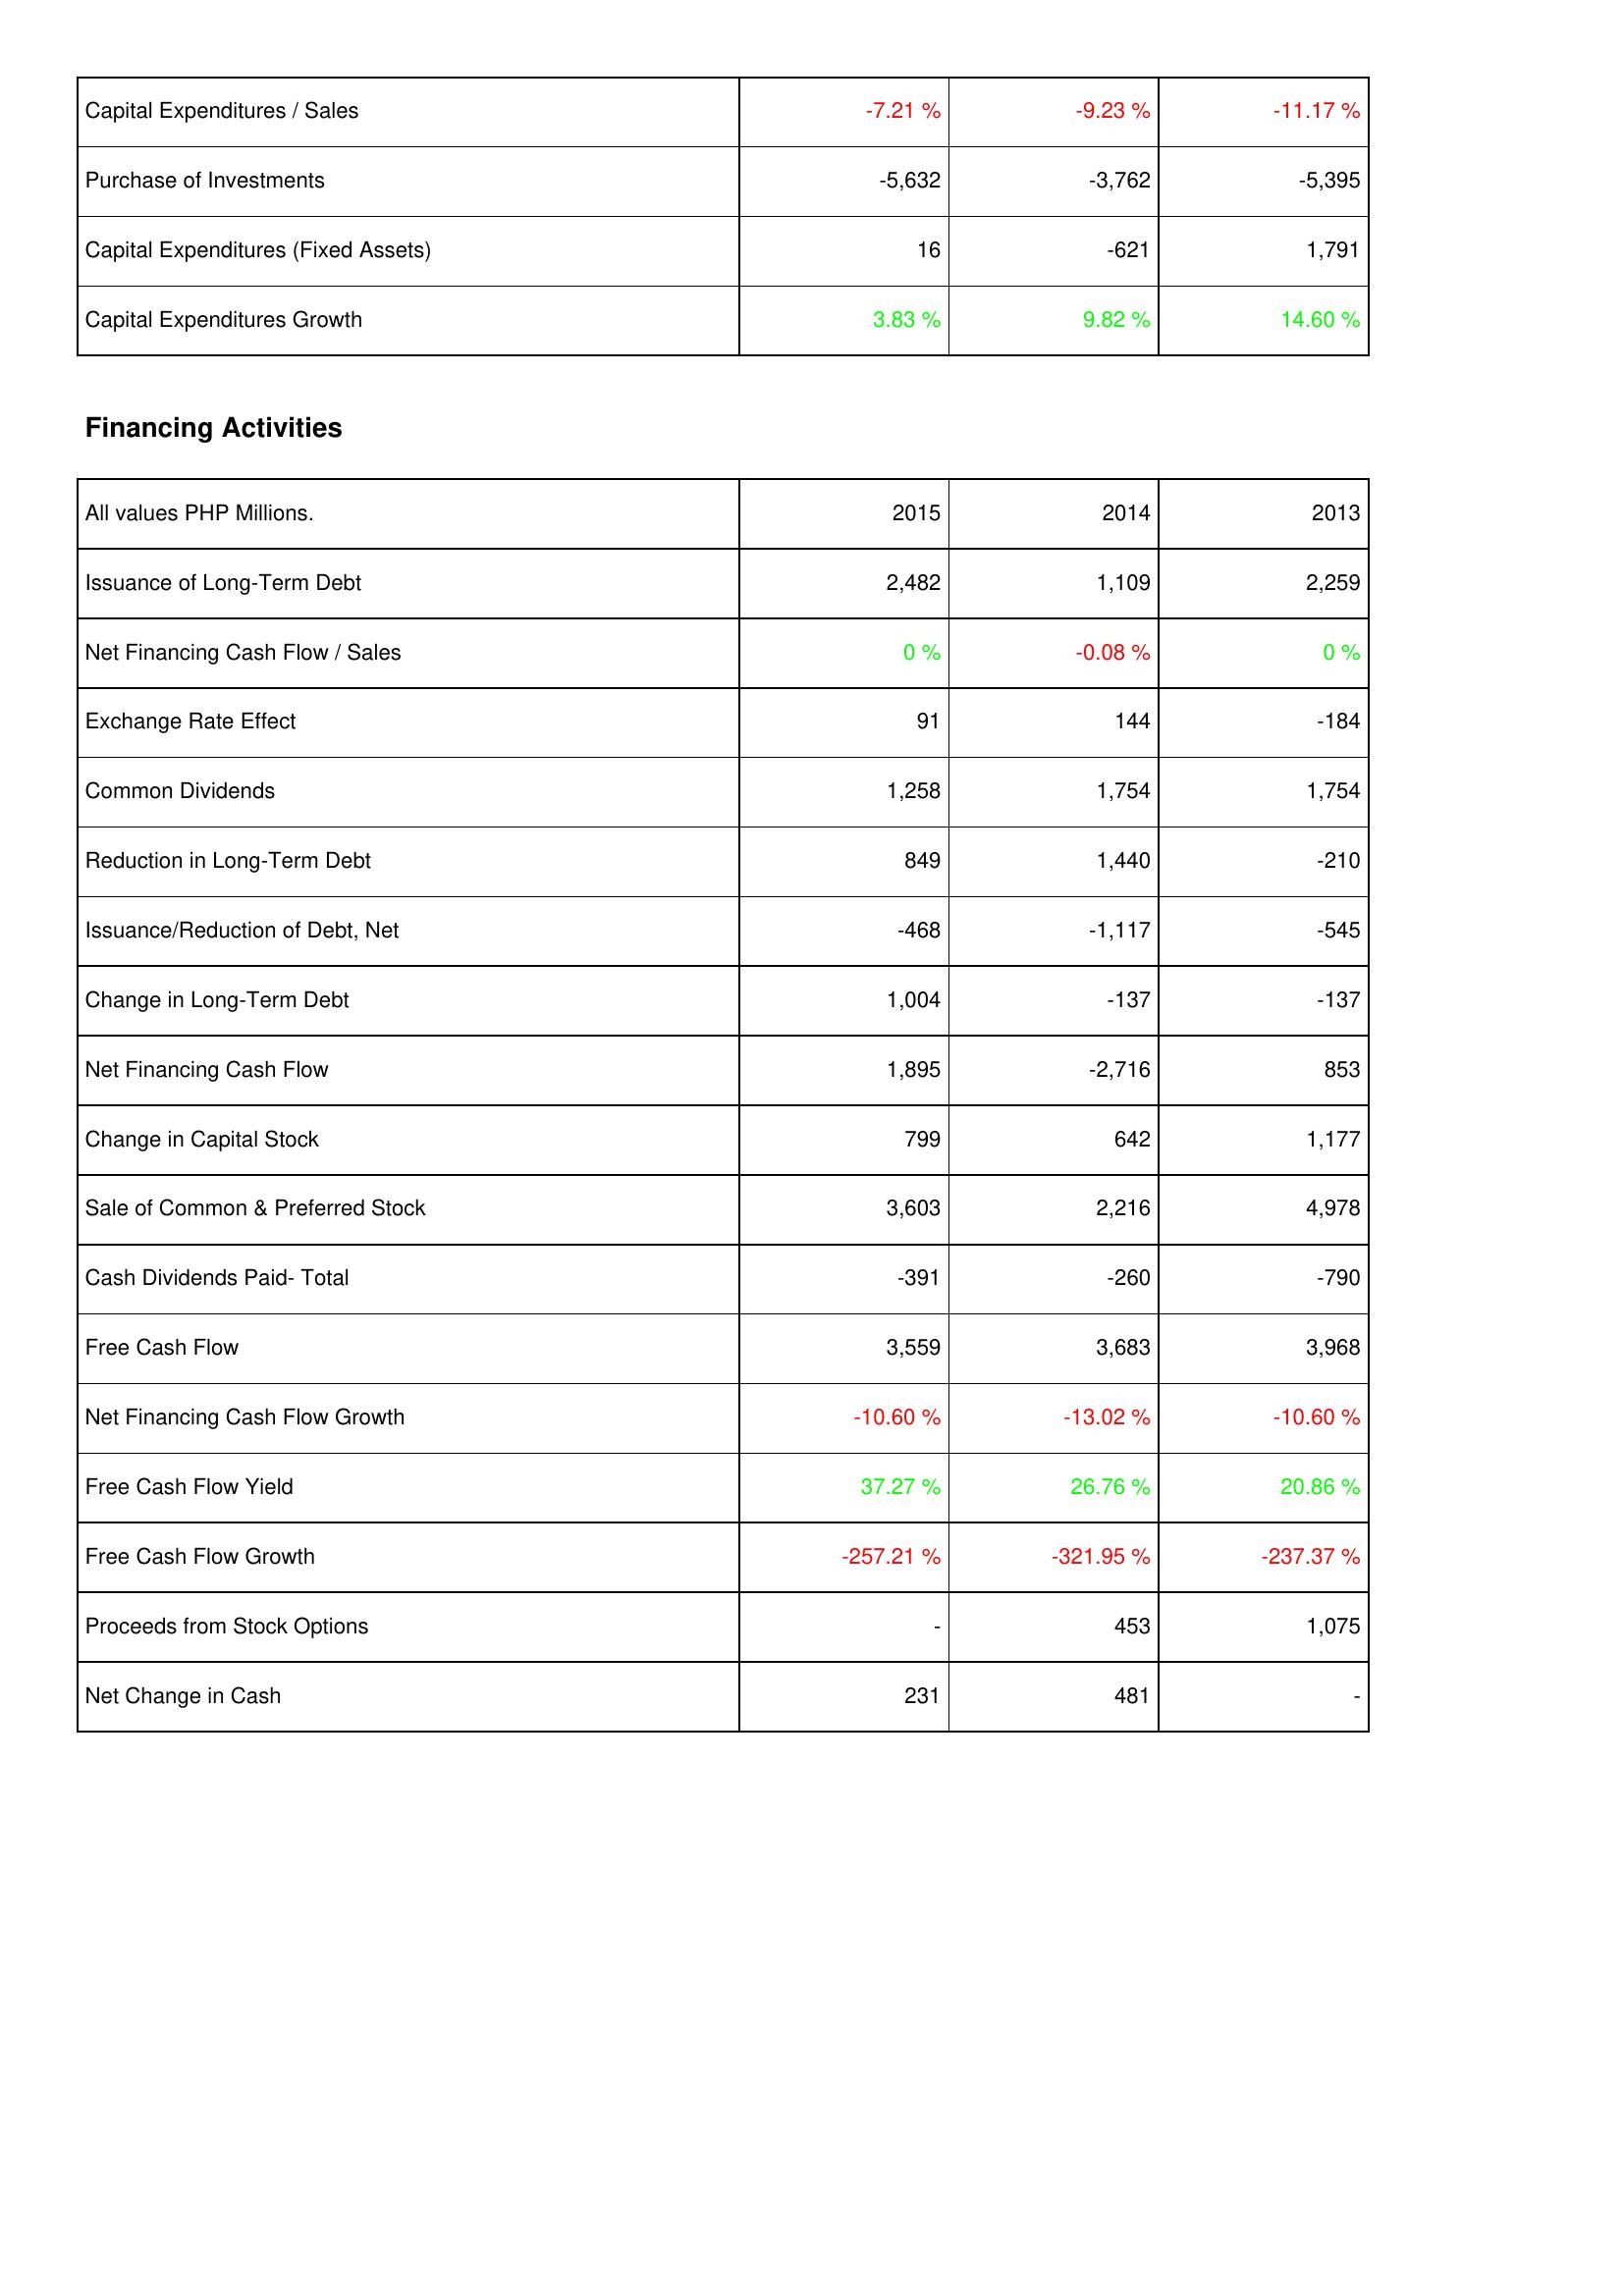
2015: Investing Activities: Capital Expenditures / Sales: -7.21 %
Purchase of Investments: -5,632
Capital Expenditures (Fixed Assets): 16
Capital Expenditures Growth: 3.83 %
Financing Activities: Issuance of Long-Term Debt: 2,482
Net Financing Cash Flow / Sales: 0 %
Exchange Rate Effect: 91
Common Dividends: 1,258
Reduction in Long-Term Debt: 849
Issuance/Reduction of Debt, Net: -468
Change in Long-Term Debt: 1,004
Net Financing Cash Flow: 1,895
Change in Capital Stock: 799
Sale of Common & Preferred Stock: 3,603
Cash Dividends Paid- Total: -391
Free Cash Flow: 3,559
Net Financing Cash Flow Growth: -10.60 %
Free Cash Flow Yield: 37.27 %
Free Cash Flow Growth: -257.21 %
Proceeds from Stock Options: -
Net Change in Cash: 231
2014: Investing Activities: Capital Expenditures / Sales: -9.23 %
Purchase of Investments: -3,762
Capital Expenditures (Fixed Assets): -621
Capital Expenditures Growth: 9.82 %
Financing Activities: Issuance of Long-Term Debt: 1,109
Net Financing Cash Flow / Sales: -0.08 %
Exchange Rate Effect: 144
Common Dividends: 1,754
Reduction in Long-Term Debt: 1,440
Issuance/Reduction of Debt, Net: -1,117
Change in Long-Term Debt: -137
Net Financing Cash Flow: -2,716
Change in Capital Stock: 642
Sale of Common & Preferred Stock: 2,216
Cash Dividends Paid- Total: -260
Free Cash Flow: 3,683
Net Financing Cash Flow Growth: -13.02 %
Free Cash Flow Yield: 26.76 %
Free Cash Flow Growth: -321.95 %
Proceeds from Stock Options: 453
Net Change in Cash: 481
2013: Investing Activities: Capital Expenditures / Sales: -11.17 %
Purchase of Investments: -5,395
Capital Expenditures (Fixed Assets): 1,791
Capital Expenditures Growth: 14.60 %
Financing Activities: Issuance of Long-Term Debt: 2,259
Net Financing Cash Flow / Sales: 0 %
Exchange Rate Effect: -184
Common Dividends: 1,754
Reduction in Long-Term Debt: -210
Issuance/Reduction of Debt, Net: -545
Change in Long-Term Debt: -137
Net Financing Cash Flow: 853
Change in Capital Stock: 1,177
Sale of Common & Preferred Stock: 4,978
Cash Dividends Paid- Total: -790
Free Cash Flow: 3,968
Net Financing Cash Flow Growth: -10.60 %
Free Cash Flow Yield: 20.86 %
Free Cash Flow Growth: -237.37 %
Proceeds from Stock Options: 1,075
Net Change in Cash: -